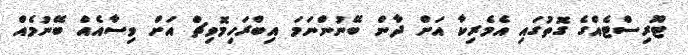
ޓޫރިސްޓެއްގެ ގޮތުގައި އެމެރިކާ އަށް ދާން ބޭނުންނަމަ އިބްރަހިމޮވިޗް އަށް ވިސާއެއް ބޭނުމެއް